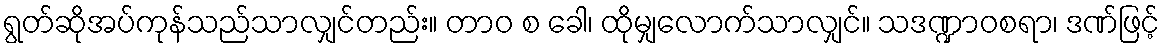
ရွတ်ဆိုအပ်ကုန်သည်သာလျှင်တည်း။ တာဝ စ ခေါ၊ ထိုမျှလောက်သာလျှင်။ သဒဏ္ဍာဝစရာ၊ ဒဏ်ဖြင့်